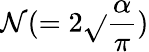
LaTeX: \mathcal{N}(=2\sqrt{}{{\frac{{\alpha}}{{\pi}}}})